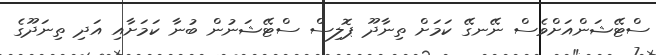
ސްޓޭޝަންއަށްވެސް ނޭނގޭ ކަމަށް ތިނާދޫ ޕޮލިސް ސްޓޭޝަނުން ބުނާ ކަމަށާއި އަދި ތިނަދޫގެ